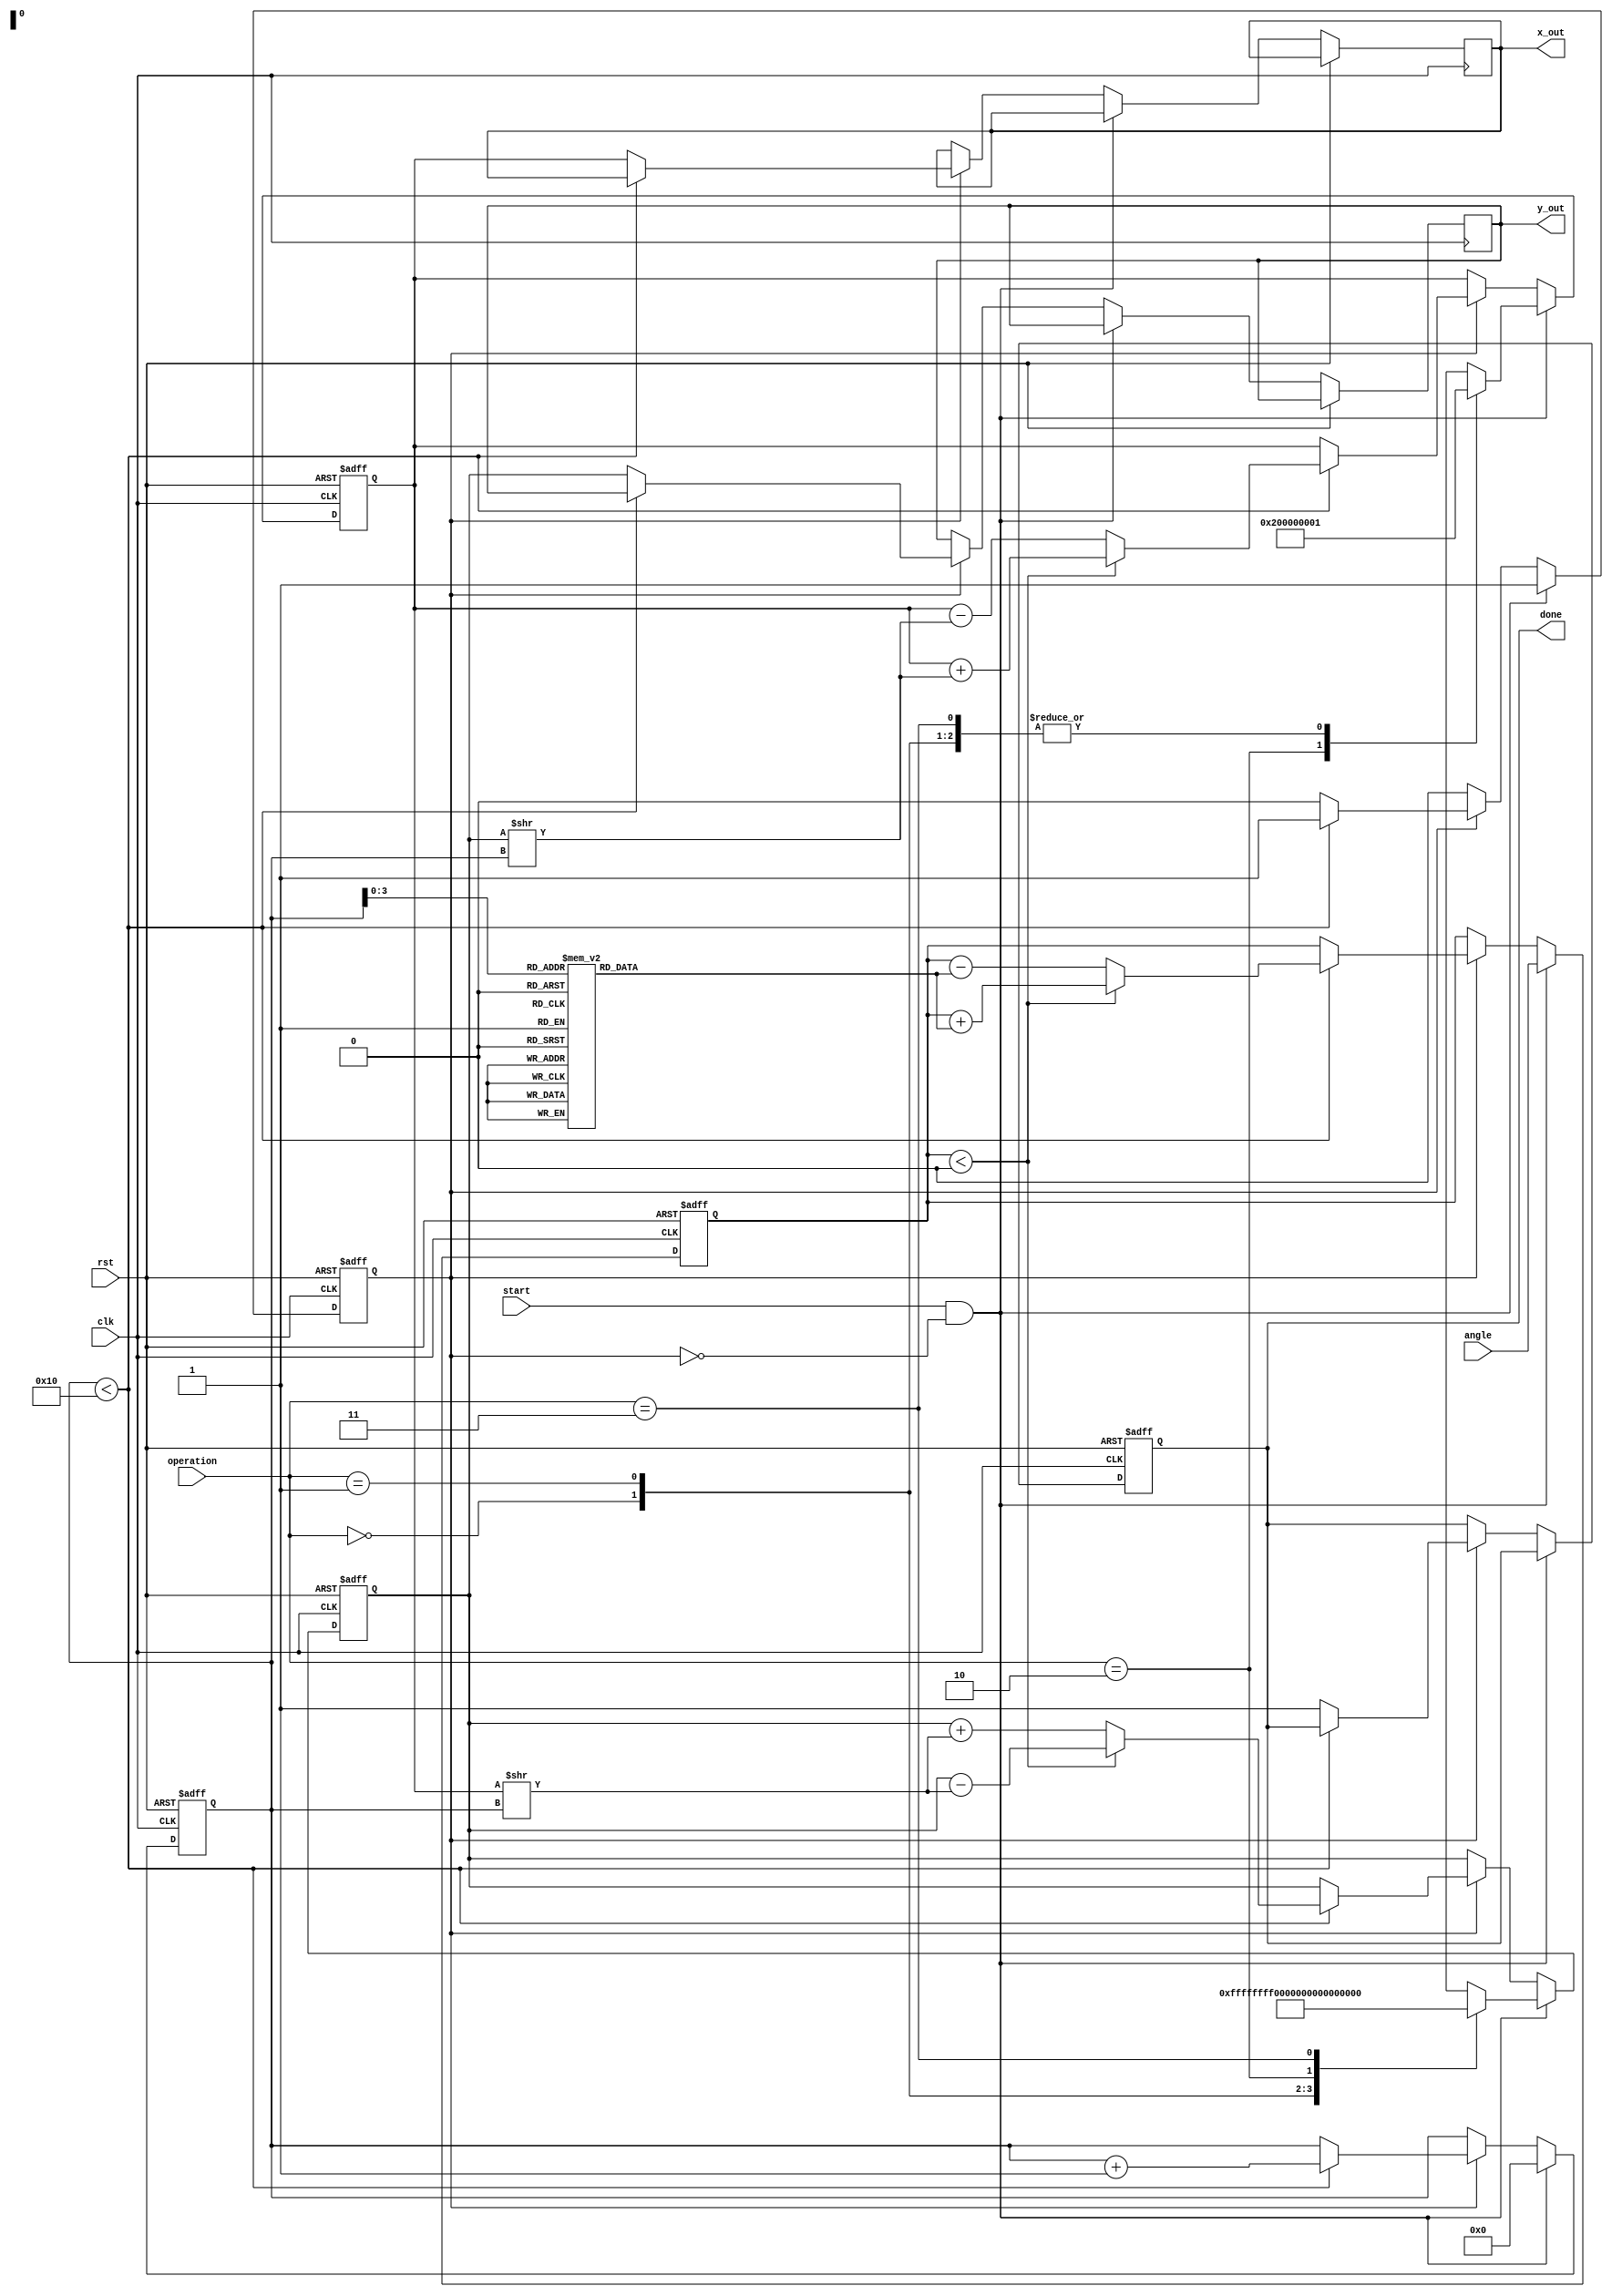
module cordic (
    input wire clk,
    input wire rst,
    input wire [31:0] angle,         // Input angle in fixed-point format
    input wire start,                // Start signal for operation
    input wire [1:0] operation,      // Operation type: 00-addition, 01-subtraction, 10-multiplication, 11-division
    output reg [31:0] x_out,         // Output x result
    output reg [31:0] y_out,         // Output y result
    output reg done                  // Done signal
);
    
    // Constants for CORDIC
    parameter ITERATIONS = 16; // Number of iterations
    reg [31:0] x, y;             // CORDIC vector (initialization)
    reg [31:0] z;                // Angle accumulator
    reg [31:0] angle_table [0:ITERATIONS-1]; // Arctan lookup table
    reg [4:0] iter;              // Iteration counter
    reg operating;                // Current operation state

    // Initialize the arctan lookup table
    initial begin
        angle_table[0] = 32'h20000000; // atan(1) = 0.785398 (1 in fixed-point)
        angle_table[1] = 32'h12D6E38F; // atan(0.5) approximately
        // Continue to fill with appropriate values for the rest
        // ...
        angle_table[ITERATIONS-1] = 0; // Adjust as needed
    end

    always @(posedge clk or posedge rst) begin
        if (rst) begin
            x <= 32'h00000000; // Initial x
            y <= 32'h00000000; // Initial y
            z <= 32'h00000000; // Initial angle
            iter <= 0;
            done <= 0;
            operating <= 0;
        end else if (start && !operating) begin
            operating <= 1;
            z <= angle;
            // Set the initial vector values based on operation type
            case (operation)
                2'b00: begin // Addition
                    x <= 32'h00000001; // Example value
                    y <= 32'h00000000;
                end
                2'b01: begin // Subtraction
                    x <= 32'h00000001; // Example value
                    y <= 32'hFFFFFFFF; // Example negative value
                end
                2'b10: begin // Multiplication
                    x <= 32'h00000002; // Example multiplier
                    y <= 32'h00000001; // Example multiplicand
                end
                2'b11: begin // Division
                    x <= 32'h00000001; // Example dividend
                    y <= 32'h00000002; // Example divisor
                end
                default: begin
                    x <= 0;
                    y <= 0;
                end
            endcase
            iter <= 0;
        end else if (operating) begin
            if (iter < ITERATIONS) begin
                // CORDIC rotation updates
                if (z < 0) begin
                    // Apply negative rotation
                    x <= x + (y >> iter);
                    y <= y - (x >> iter);
                    z <= z + angle_table[iter];
                end else begin
                    // Apply positive rotation
                    x <= x - (y >> iter);
                    y <= y + (x >> iter);
                    z <= z - angle_table[iter];
                end
                iter <= iter + 1;
            end else begin
                // Finished operation
                done <= 1;
                x_out <= x; // Resulting x
                y_out <= y; // Resulting y
                operating <= 0;
            end
        end
    end
endmodule